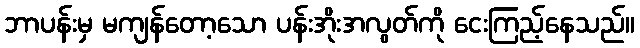
ဘာပန်းမှ မကျန်တော့သော ပန်းအိုးအလွတ်ကို ငေးကြည့်နေသည်။